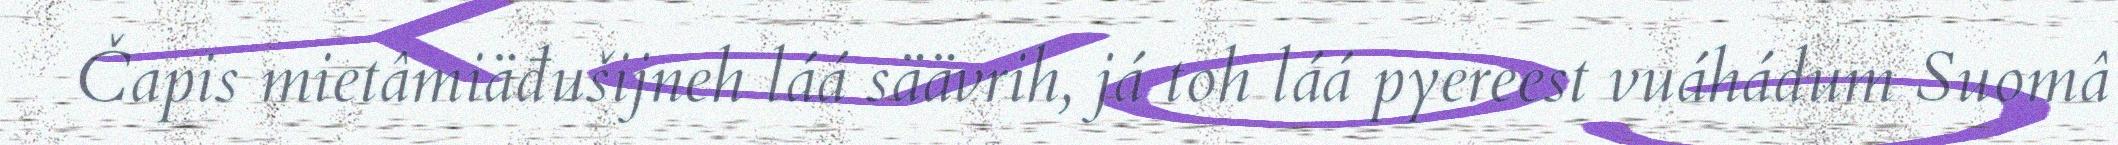
Čapis mietâmiäđušijneh láá säävrih, já toh láá pyereest vuáhádum Suomâ